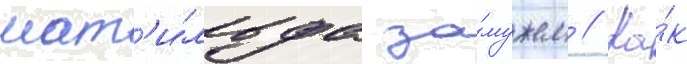
мат'и́льда за́мужем // Ка́к